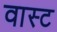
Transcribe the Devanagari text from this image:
वास्ट